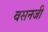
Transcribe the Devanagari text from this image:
वसनजी